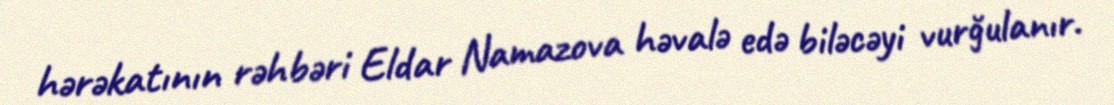
hərəkatının rəhbəri Eldar Namazova həvalə edə biləcəyi vurğulanır.